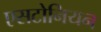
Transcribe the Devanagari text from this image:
एसटोनियन